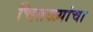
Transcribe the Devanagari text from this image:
चितळ्यांचा